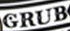
GRUB